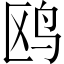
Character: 鸥